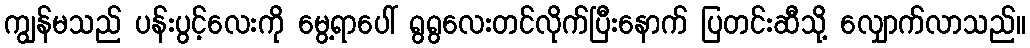
ကျွန်မသည် ပန်းပွင့်လေးကို မွေ့ရာပေါ် ရွရွလေးတင်လိုက်ပြီးနောက် ပြတင်းဆီသို့ လျှောက်လာသည်။